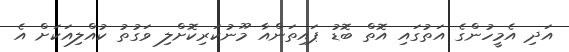
އަދި އެމީހުންގެ އަތުގައި އޮތް ބޮޑު ޕައިތަންއާ މޫނުކަރިކޮށްލި ވަގުތު ކުއްލިއަކަށް އެ